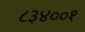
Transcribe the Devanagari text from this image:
८३४००१